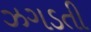
ઝગડતી